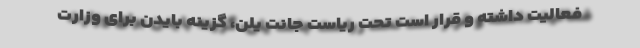
فعالیت داشته و قرار است تحت ریاست جانت یلن، گزینه بایدن برای وزارت